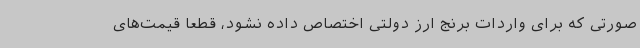
صورتی که برای واردات برنج ارز دولتی اختصاص داده نشود، قطعا قیمت‌های